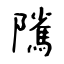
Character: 隲